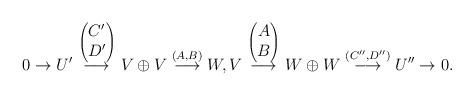
LaTeX: \begin{align*}0\rightarrow U'\stackrel{\begin{pmatrix} C'\\D'\end{pmatrix}}{\longrightarrow} V\oplus V\stackrel{(A,B)}{\longrightarrow} W ,V \stackrel{\begin{pmatrix} A\\B\end{pmatrix}}{\longrightarrow} W\oplus W\stackrel{(C'',D'')}{\longrightarrow} U''\rightarrow0.\end{align*}